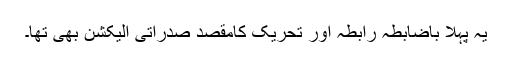
یہ پہلا باضابطہ رابطہ اور تحریک کامقصد صدراتی الیکشن بھی تھا۔